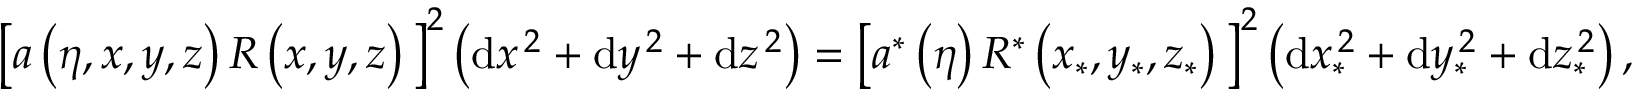
\begin{array} { r } { \big [ a \left( \eta , x , y , z \right) R \left( x , y , z \right) \big ] ^ { 2 } \left( \mathrm { d } x ^ { \, 2 } + \mathrm { d } y ^ { \, 2 } + \mathrm { d } z ^ { \, 2 } \right) = \big [ a ^ { \ast } \left( \eta \right) R ^ { \ast } \left( x _ { \ast } , y _ { \ast } , z _ { \ast } \right) \big ] ^ { 2 } \left( \mathrm { d } x _ { \ast } ^ { \, 2 } + \mathrm { d } y _ { \ast } ^ { \, 2 } + \mathrm { d } z _ { \ast } ^ { \, 2 } \right) , ~ ~ ~ ~ ~ ~ } \end{array}